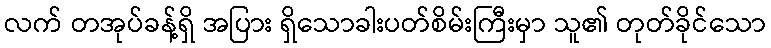
လက် တအုပ်ခန့်ရှိ အပြား ရှိသောခါးပတ်စိမ်းကြီးမှာ သူ၏ တုတ်ခိုင်သော